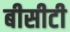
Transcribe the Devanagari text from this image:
बीसीटी